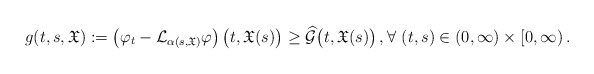
\begin{align*}g(t,s,\mathfrak{X}) := \left( \varphi_t-\mathcal{L}_{\alpha(s,\mathfrak{X})}\varphi\right) \big(t,\mathfrak{X}(s)\big)\ge \widehat{\mathcal{G}}\big(t,\mathfrak{X}(s)\big)\,,\forall\ (t,s) \in (0, \infty)\times [0, \infty)\,.\end{align*}